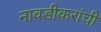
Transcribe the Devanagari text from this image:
नावडीकरांची